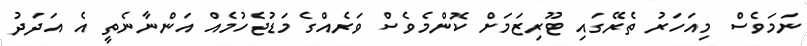
ނަމަވެސް މިއަހަރު ތެރޭގައި ޓޫރިޒަމަށް ކޮންމެވެސް ވަރެއްގެ މަޑުޖެހުމެއް އަންނާނެތީ އެ އަދަދު